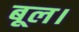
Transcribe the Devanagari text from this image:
बूल।